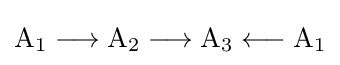
{\mathrm {A} {\vphantom {A}}_{\smash[{t}]{1}}{}\mathrel {\longrightarrow } {}\mathrm {A} {\vphantom {A}}_{\smash[{t}]{2}}{}\mathrel {\longrightarrow } {}\mathrm {A} {\vphantom {A}}_{\smash[{t}]{3}}{}\mathrel {\longleftarrow } {}\mathrm {A} {\vphantom {A}}_{\smash[{t}]{1}}}